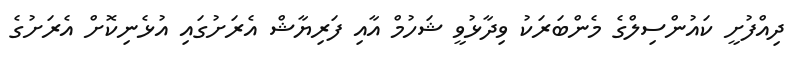
ދިއްފުށީ ކައުންސިލްގެ މެންބަރަކު ވިދާޅުވީ ޝަހުމް އާއި ފަރިޔާޝް އެރަށުގައި އުޅެނިކޮށް އެރަށުގެ